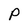
Character: P